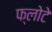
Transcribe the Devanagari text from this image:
फ्लोटे